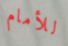
للأمام